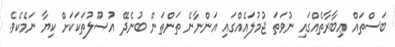
ބަސްތައް ޢިބާރާތެއްގައި ނުވަތަ ޖުމުލައެއްގައި އަންނާނެ ތަންތަން ބުނެދޭ އުޞޫލުތަކަކަށް ކިޔާ ނަމެކެވެ.